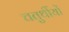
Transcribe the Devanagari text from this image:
चतुर्थीयों